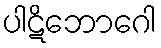
ပါဋိဘောဂေါ